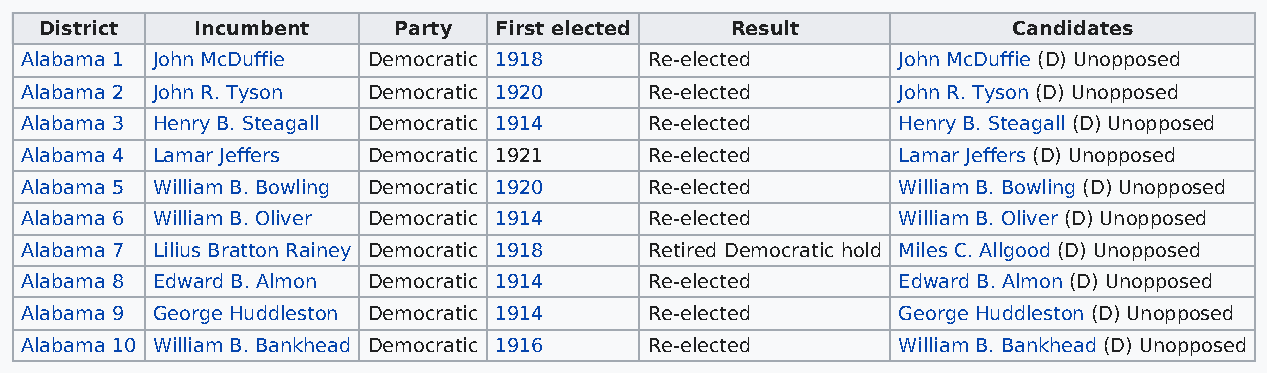
District  Incumbent    Party  First elected  Result             Candidates
 Alabama 1 John McDuffie Democratic 1918   Re-elected      John McDuffie (D) Unopposed
 Alabama 2 John R. Tyson Democratic 1920   Re-elected      John R. Tyson (D) Unopposed
 Alabama 3 Henry B. Steagall Democratic 1914 Re-elected    Henry B. Steagall (D) Unopposed
 Alabama 4 Lamar Jeffers Democratic 1921   Re-elected      Lamar Jeffers (D) Unopposed
 Alabama 5 William B. Bowling Democratic 1920 Re-elected   William B. Bowling (D) Unopposed
 Alabama 6 William B. Oliver Democratic 1914 Re-elected    William B. Oliver (D) Unopposed
 Alabama 7 Lilius Bratton Rainey Democratic 1918 Retired Democratic hold Miles C. Allgood (D) Unopposed
 Alabama 8 Edward B. Almon Democratic 1914 Re-elected      Edward B. Almon (D) Unopposed
 Alabama 9 George Huddleston Democratic 1914 Re-elected    George Huddleston (D) Unopposed
 Alabama 10 William B. Bankhead Democratic 1916 Re-elected William B. Bankhead (D) Unopposed